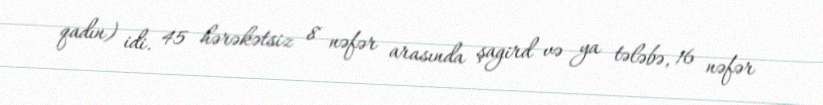
qadın) idi. 45 hərəkətsiz 8 nəfər arasında şagird və ya tələbə, 16 nəfər